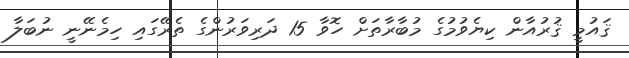
ޤައުމީ ޤުރުއާން ކިޔެވުމުގެ މުބާރާތަށް ހޮވާ 15 ދަރިވަރުންގެ ތެރޭގައި ހިމެނޭނީ ނުބަލާ